Medical and sanitary report of the native army of Bengal for the year
Year: 1875
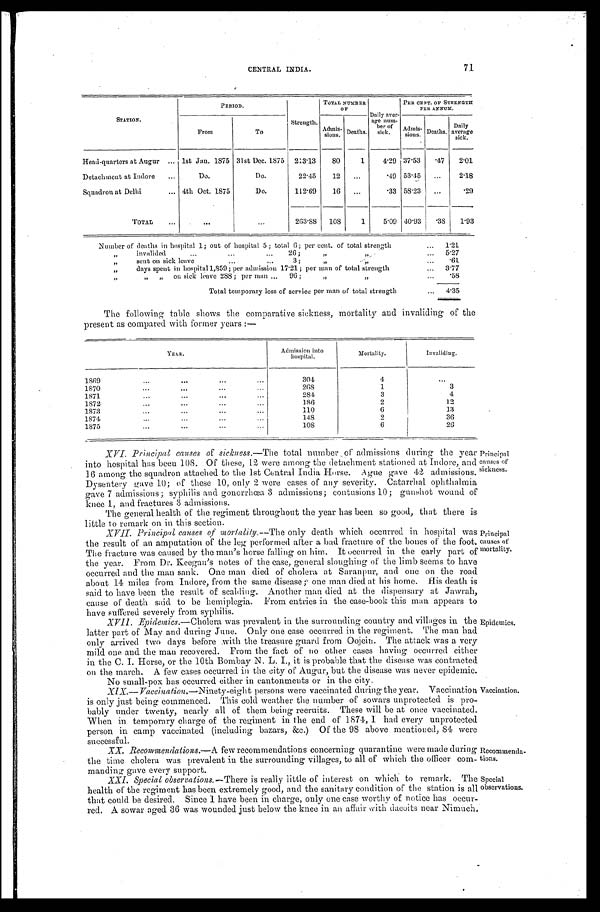
Recommenda
-
tions.
Special
observations.
71
CENTRAL INDIA.
STATION.
PERIOD.
Strength.
TOTAL NUMBER
OF
Daily aver-
age num-
b e
r of sick.
PER CENT. OF STRENGTH
P E R ANNUM.
From
To
A d m i s - s i o n s .
Deaths.
A d m i s - s i o n s . Deaths.
Daily
average
sick.
Head-quarters at Augur . . . 1st Jan. 1875 31st Dec. 1875 213.13
80
1
4.29 37.53
.47
2.01
Detachment at Indore . . .
Do.
Do.
22.45
12
. . .
.49 53.45
. . .
2.18
Squadron at Delhi . . . 4th Oct. 1875
Do.
112.69
16
. . .
.33 58.23
. . .
.29
TOTAL . . .
. . .
. . .
263.88
108
1
5.09 40.93
.38
1.93
Number of deaths in hospital 1; out of hospital 5; total 6; per cent. of total strength . . .
1.21
" i n v a l i d e d . . . 2 6 ; " "
5.27
" s e n t o n s i c k l e a v e . . . 3 : " " . . .
. 6 1
" days spent in hospital 1,859: per admission 17.21; per man of total strength . . .
3.77
" " " on sick leave 288; per man . . . 96 ; " " . . .
.58
Total temporary loss of service per man of total strength . . .
4.35
The following table shows the comparative sickness, mortality and invaliding of the
present as compared with former years:—
YEAR.
Admission into
hospital.
Mortality.
Invaliding.
1869 . . .
304
4
. . .
1870 . . .
268
1
3
1871 . . .
284
3
4
1872 . . .
186
2
1 2
1873 . . .
110
6
13
1874 . . .
148
2
36
1875 . . .
108
6
26
XVI. Principal causes of sickness.— The total number of admissions during the year
into hospital has been 108. Of these, 12 were among the detachment stationed at Indore, and
16 among the squadron attached to the 1st Central India Horse. Ague gave 42 admissions.
Dysentery gave 10; of these 10, only 2 were cases of any severity. Catarrhal ophthalmia
gave 7 admissions; syphilis and gonorrhœa 3 admissions; contusions 10; gunshot wound of
knee 1, and fractures 3 admissions.
The general health of the regiment throughout the year has been so good, that there is
little to remark on in this section.
XVII. Principal causes of mortalily.— The only death which occurred in hospital was
the result of an amputation of the leg performed after a bad fracture of the bones of the foot.
The fracture was caused by the man's horse falling on him. It occurred in the early part of
the year. From Dr. Keegan's notes of the case, general sloughing of the limb seems to have
occurred and the man sank. One man died of cholera at Saranpur, and one on the road
about 14 miles from Indore, from the same disease; one man died at his home. His death is
said to have been the result of scalding. Another man died at the dispensary at Jawrah,
cause of death said to be hemiplegia. From entries in the case-book this man appears to
have suffered severely from syphilis.
XVII. Epidemics. —Cholera was prevalent in the surrounding country and villages in the
latter part of May and during June. Only one case occurred in the regiment. The man had
only arrived two days before with the treasure guard from Oojein. The attack was a very
mild one and the man recovered. From the fact of no other cases having occurred either
in the C.I. Horse, or the 10th Bombay N. L. I., it is probable that the disease was contracted
on the march. A few cases occurred in the city of Augur, but the disease was never epidemic.
No small-pox has occurred either in cantonments or in the city.
XIX.—Vaccination.— Ninety-eight persons were vaccinated during the year. Vaccination
is only just being commenced. This cold weather the number of sowars unprotected is pro
-
bably under twenty, nearly all of them being recruits. These will be at once vaccinated,
When in temporary charge of the regiment in the end of 1874, 1 had every unprotected
person in camp vaccinated (including bazars, &c.) Of the 98 above mentioned, 84 were
successful.
XX. R ecommendations.— A few recommendations concerning quarantine were made during
the time cholera was prevalent in the surrounding villages, to all of which the officer co
m -
manding gave every support.
XXI . Sp e c i a l o b s e r v a t i o n s . —T h e r e
i s r e a l l y l i t t l e o f i n t e r e s t o n w h i c h t o r e m a r k . T h e
health of the regiment has been extremely good, and the sanitary condition of the station is all
that could be desired. Since I have been in charge, only one case worthy of notice has occur
-
red. A sowar aged 36 was wounded just below the knee in an affair with dacoits near Nimuch.
Principal
causes of
sickness.
Principal
causes of
mortality.
Epidemics.
Vaccination.